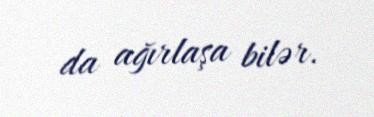
da ağırlaşa bilər.